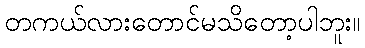
တကယ်လားတောင်မသိတော့ပါဘူး။